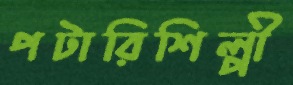
পটারিশিল্পী